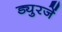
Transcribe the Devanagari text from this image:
ड्युरजें